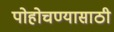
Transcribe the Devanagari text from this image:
पोहोचण्‍यासाठी